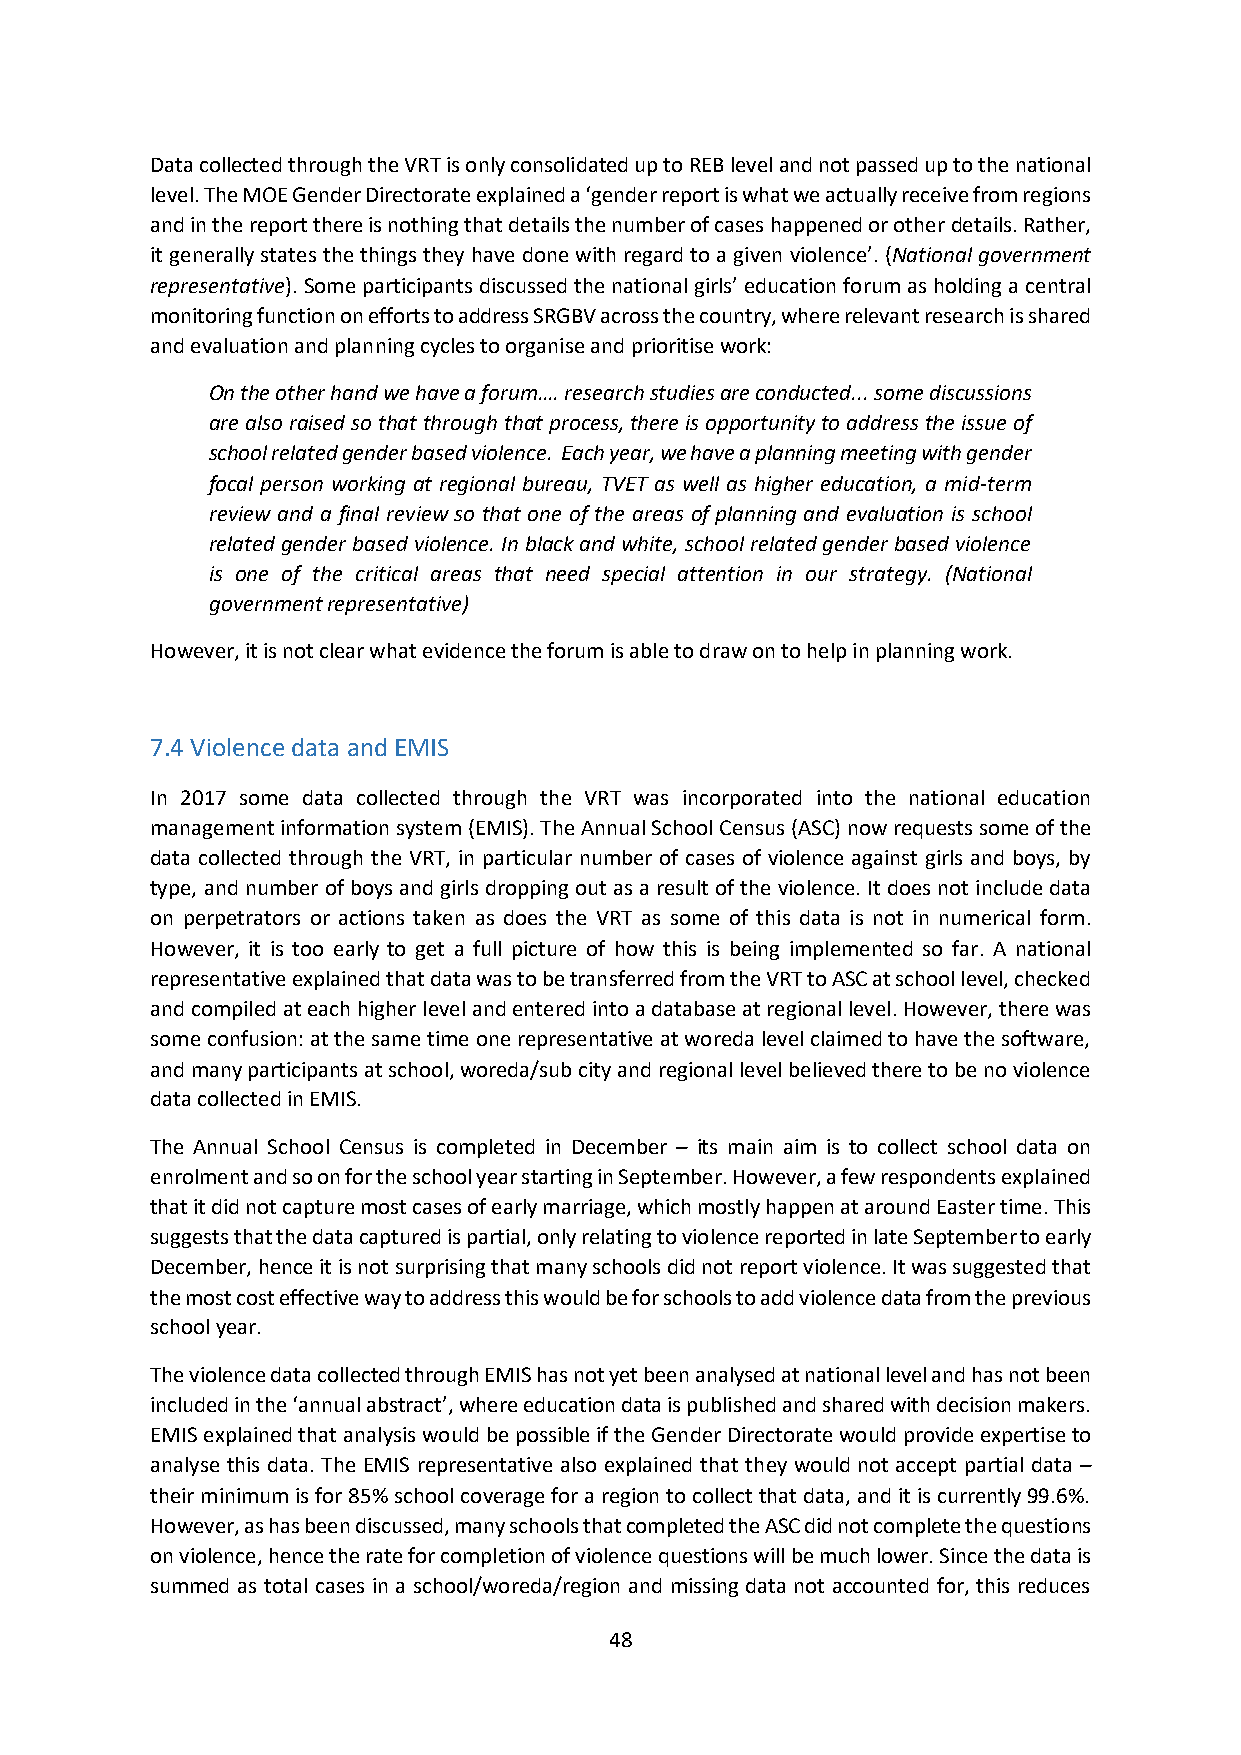
Data collected through the VRT is only consolidated up to REB level and not passed up to the national
 level. The MOE Gender Directorate explained a ‘gender report is what we actually receive from regions
 and in the report there is nothing that details the number of cases happened or other details. Rather,
 it generally states the things they have done with regard to a given violence’. (National government
 representative). Some participants discussed the national girls’ education forum as holding a central
 monitoring function on efforts to address SRGBV across the country, where relevant research is shared
 and evaluation and planning cycles to organise and prioritise work:
 On the other hand we have a forum…. research studies are conducted... some discussions
 are also raised so that through that process, there is opportunity to address the issue of
 school related gender based violence. Each year, we have a planning meeting with gender
 focal person working at regional bureau, TVET as well as higher education, a mid-term
 review and a final review so that one of the areas of planning and evaluation is school
 related gender based violence. In black and white, school related gender based violence
 is one of the critical areas that need special attention in our strategy. (National
 government representative)
 However, it is not clear what evidence the forum is able to draw on to help in planning work.
 7.4 Violence data and EMIS
 In 2017 some data collected through the VRT was incorporated into the national education
 management information system (EMIS). The Annual School Census (ASC) now requests some of the
 data collected through the VRT, in particular number of cases of violence against girls and boys, by
 type, and number of boys and girls dropping out as a result of the violence. It does not include data
 on perpetrators or actions taken as does the VRT as some of this data is not in numerical form.
 However, it is too early to get a full picture of how this is being implemented so far. A national
 representative explained that data was to be transferred from the VRT to ASC at school level, checked
 and compiled at each higher level and entered into a database at regional level. However, there was
 some confusion: at the same time one representative at woreda level claimed to have the software,
 and many participants at school, woreda/sub city and regional level believed there to be no violence
 data collected in EMIS.
 The Annual School Census is completed in December – its main aim is to collect school data on
 enrolment and so on for the school year starting in September. However, a few respondents explained
 that it did not capture most cases of early marriage, which mostly happen at around Easter time. This
 suggests that the data captured is partial, only relating to violence reported in late September to early
 December, hence it is not surprising that many schools did not report violence. It was suggested that
 the most cost effective way to address this would be for schools to add violence data from the previous
 school year.
 The violence data collected through EMIS has not yet been analysed at national level and has not been
 included in the ‘annual abstract’, where education data is published and shared with decision makers.
 EMIS explained that analysis would be possible if the Gender Directorate would provide expertise to
 analyse this data. The EMIS representative also explained that they would not accept partial data –
 their minimum is for 85% school coverage for a region to collect that data, and it is currently 99.6%.
 However, as has been discussed, many schools that completed the ASC did not complete the questions
 on violence, hence the rate for completion of violence questions will be much lower. Since the data is
 summed as total cases in a school/woreda/region and missing data not accounted for, this reduces
 48